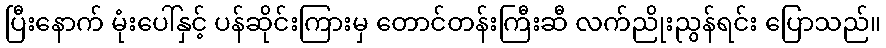
ပြီးနောက် မုံးပေါ်နှင့် ပန်ဆိုင်းကြားမှ တောင်တန်းကြီးဆီ လက်ညိုးညွန်ရင်း ပြောသည်။